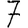
Digit: 7